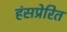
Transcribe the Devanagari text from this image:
हंसप्रेरित